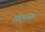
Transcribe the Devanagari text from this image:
खंबाटच्या